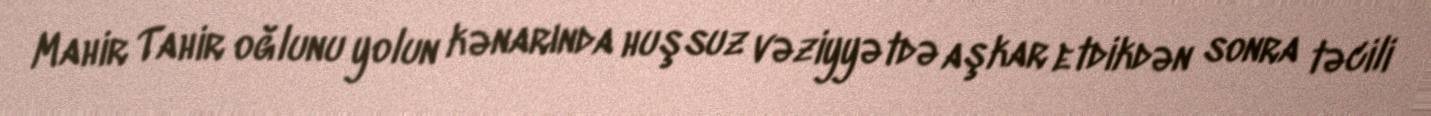
Mahir Tahir oğlunu yolun kənarında huşsuz vəziyyətdə aşkar etdikdən sonra təcili